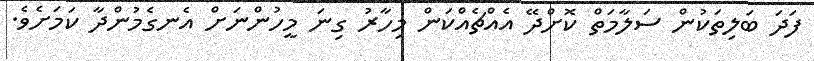
ފަދަ ބަލިތަކުން ސަލާމަތް ކޮށްދޭ އެއްޗެއްކަން މިހާރު ގިނަ މީހުންނަށް އެނގެމުންދާ ކަމަށެވެ.